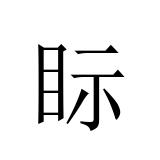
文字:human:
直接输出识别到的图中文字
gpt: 眎